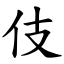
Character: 伎